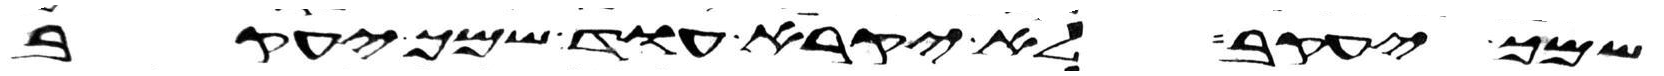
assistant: שמך יעקב לא יקרא עוד שמך יעקב